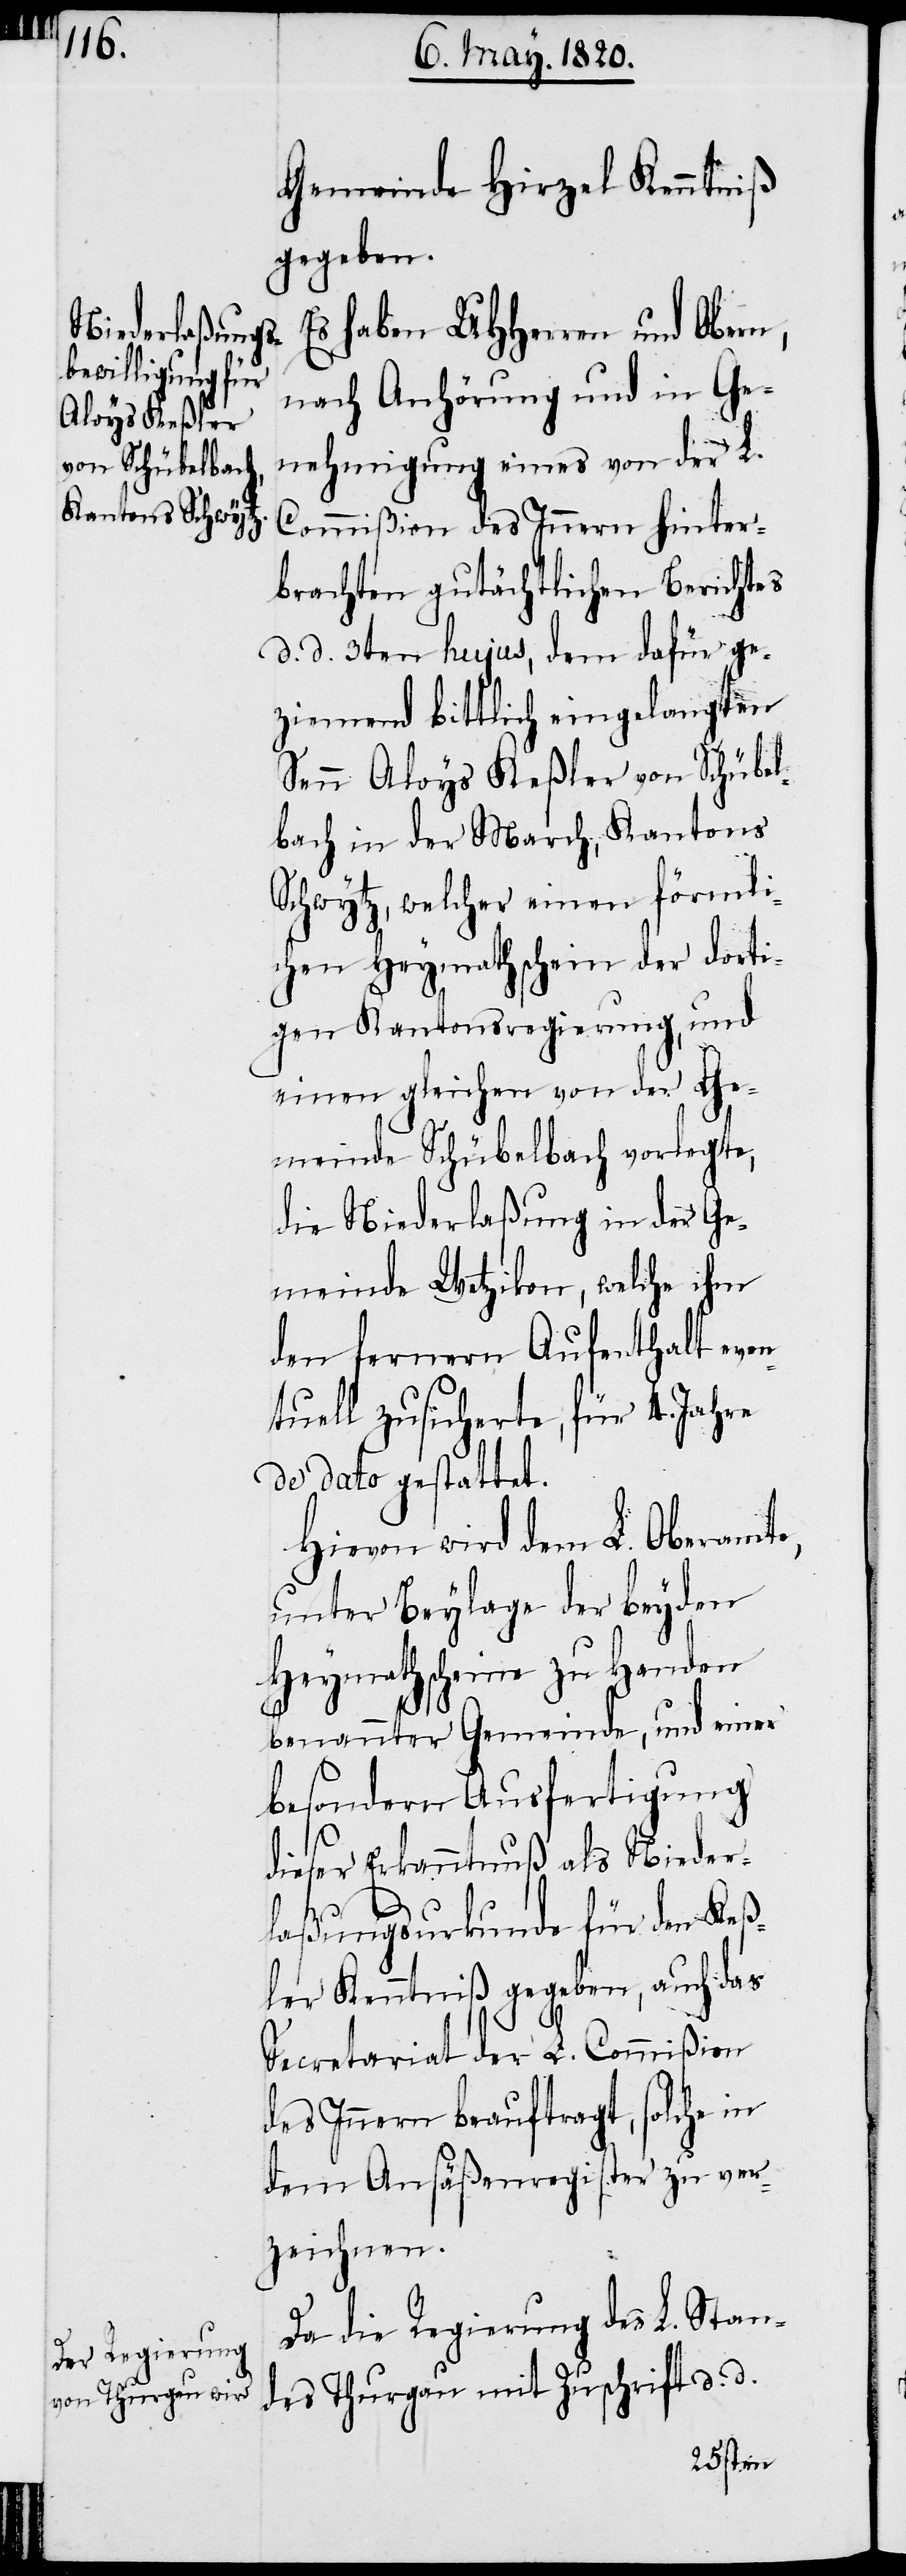
Gemeinde Hirzel Kenntniβ
gegeben.
Es haben UHHerren und Obern,
nach Anhörung und in Ge¬
nehmigung eines von der L.
Commiβion des Innern hinter¬
brachten gutächtlichen Berichtes
d. d. 3ten hujus, dem dafür ge¬
ziemend bittlich eingelangten
Senn Aloys Keßler von Schübel¬
bach in der March, Kantons
Schwytz, welcher einen förmli¬
chen Heymathschein der dorti¬
gen Kantonsregierung, und
einen gleichen von der Ge¬
meinde Schübelbach vorlegte,
die Niederlaßung in der Ge¬
meinde Wetzikon, welche ihm
den fernern Aufenthalt even¬
tuell zusicherte, für 4. Jahre
de dato gestattet.
Hievon wird dem L. Oberamte,
unter Beylage der beyden
Heymathscheine zu Handen
benannter Gemeinde, und einer
besondern Ausfertigung
dieser Erkenntnuß als Nieder¬
laßungsurkunde für den Keß¬
ler Kenntniβ gegeben, auch das
Secretariat der L. Commiβion
des Innern beauftragt, solche in
dem Ansäßenregister zu ver¬
zeichnen.
Da die Regierung des L. Stan¬
des Thurgau mit Zuschrift d. d.